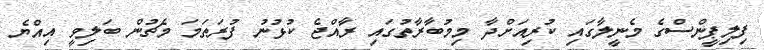
ފިލިޕީންސްގެ މެނީލާގައި ކުރިއަށްދާ މިމުބާރާތުގައި ރާއްޖެ ކުޅުނު ފުރަތަމަ މެޗުން ބަލިވީ އިއްޔެ